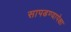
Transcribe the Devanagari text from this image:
सापडण्यापेक्षा